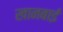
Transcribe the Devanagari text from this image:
खानबाई